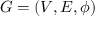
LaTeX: G = ( V , E , \phi )